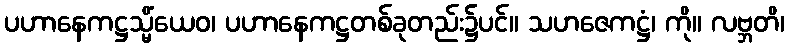
ပဟာနေကဋ္ဌသ္မိံယေဝ၊ ပဟာနေကဋ္ဌတစ်ခုတည်း၌ပင်။ သဟဇေကဋ္ဌံ၊ ကို။ လဗ္ဘတိ၊